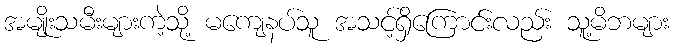
အမျိုးသမီးများကဲ့သို့ မကျေနပ်သူ အသင့်ရှိကြောင်းလည်း သူ့မိဘများ